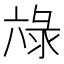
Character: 𭁖